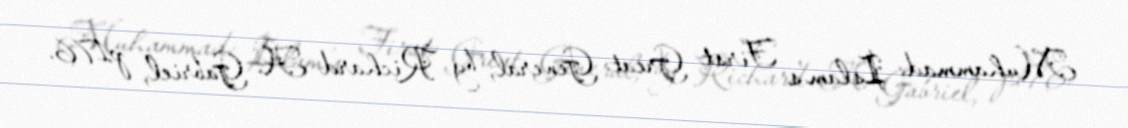
Muhammad: Islam’s First Great General, by Richard A. Gabriel, p176.